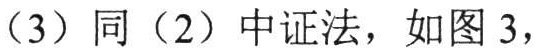
（3）同（2）中证法，如图 3，